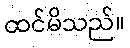
ထင်မိသည်။